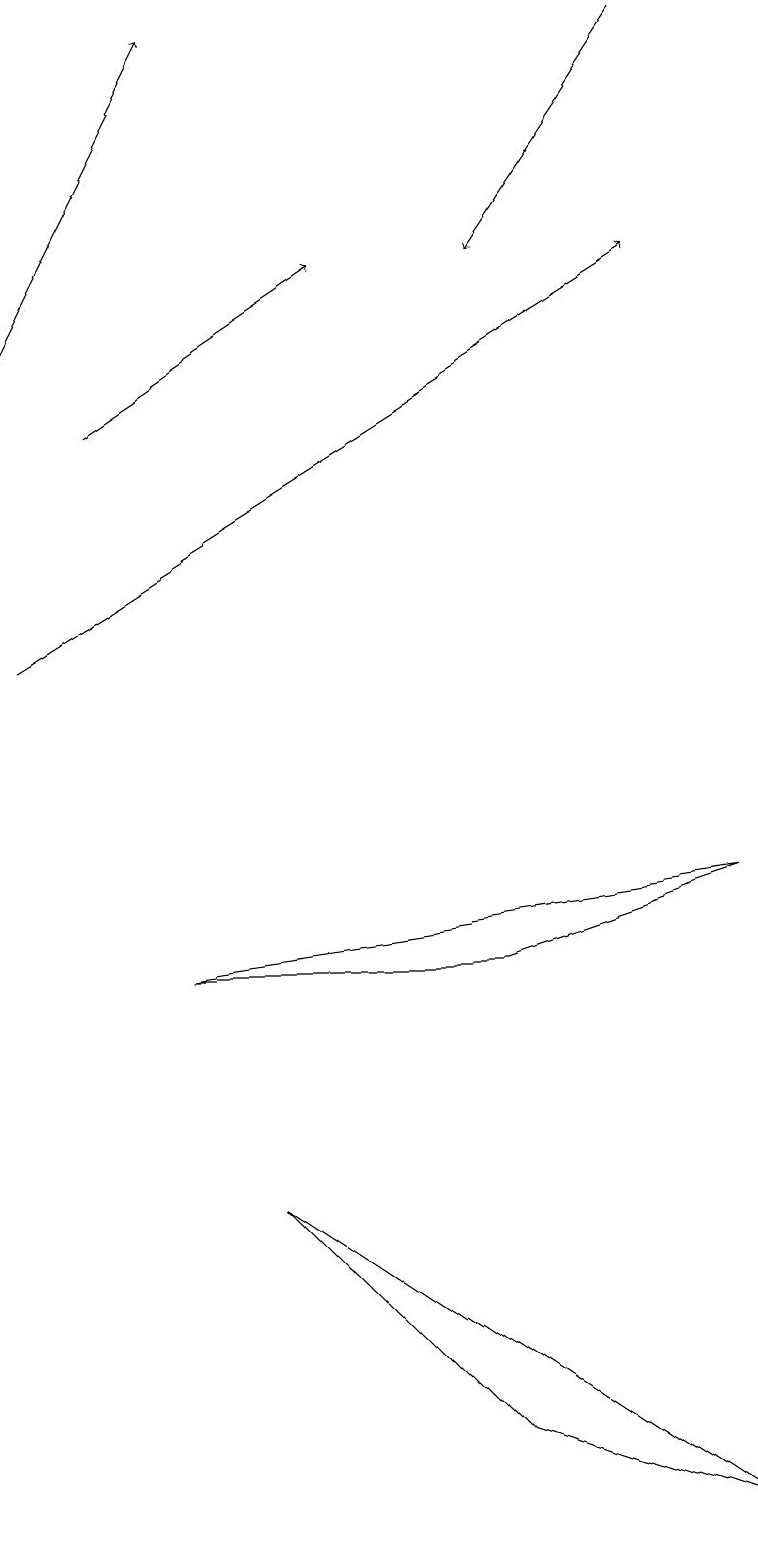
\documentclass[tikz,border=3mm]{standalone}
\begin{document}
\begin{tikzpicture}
\draw[->] (8,19) -- (6,16);
\draw[->] (0,15) -- (2,19);
\draw (6,1) -- (3,4) -- (9,0) -- cycle;
\draw[->] (0,11) -- (8,16);
\draw[->] (1,14) -- (4,16);
\draw (9,8) -- (2,7) -- (6,7) -- cycle;
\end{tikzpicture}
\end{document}